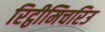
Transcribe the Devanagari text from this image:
रिट्ठीमिचरिउ